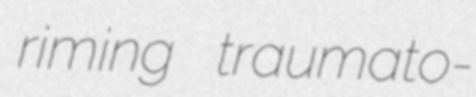
riming traumato-